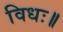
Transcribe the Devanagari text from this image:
विधः॥